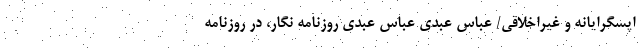
اپسگرایانه و غیراخلاقی/ عباس عبدی عباس عبدی روزنامه نگار، در روزنامه